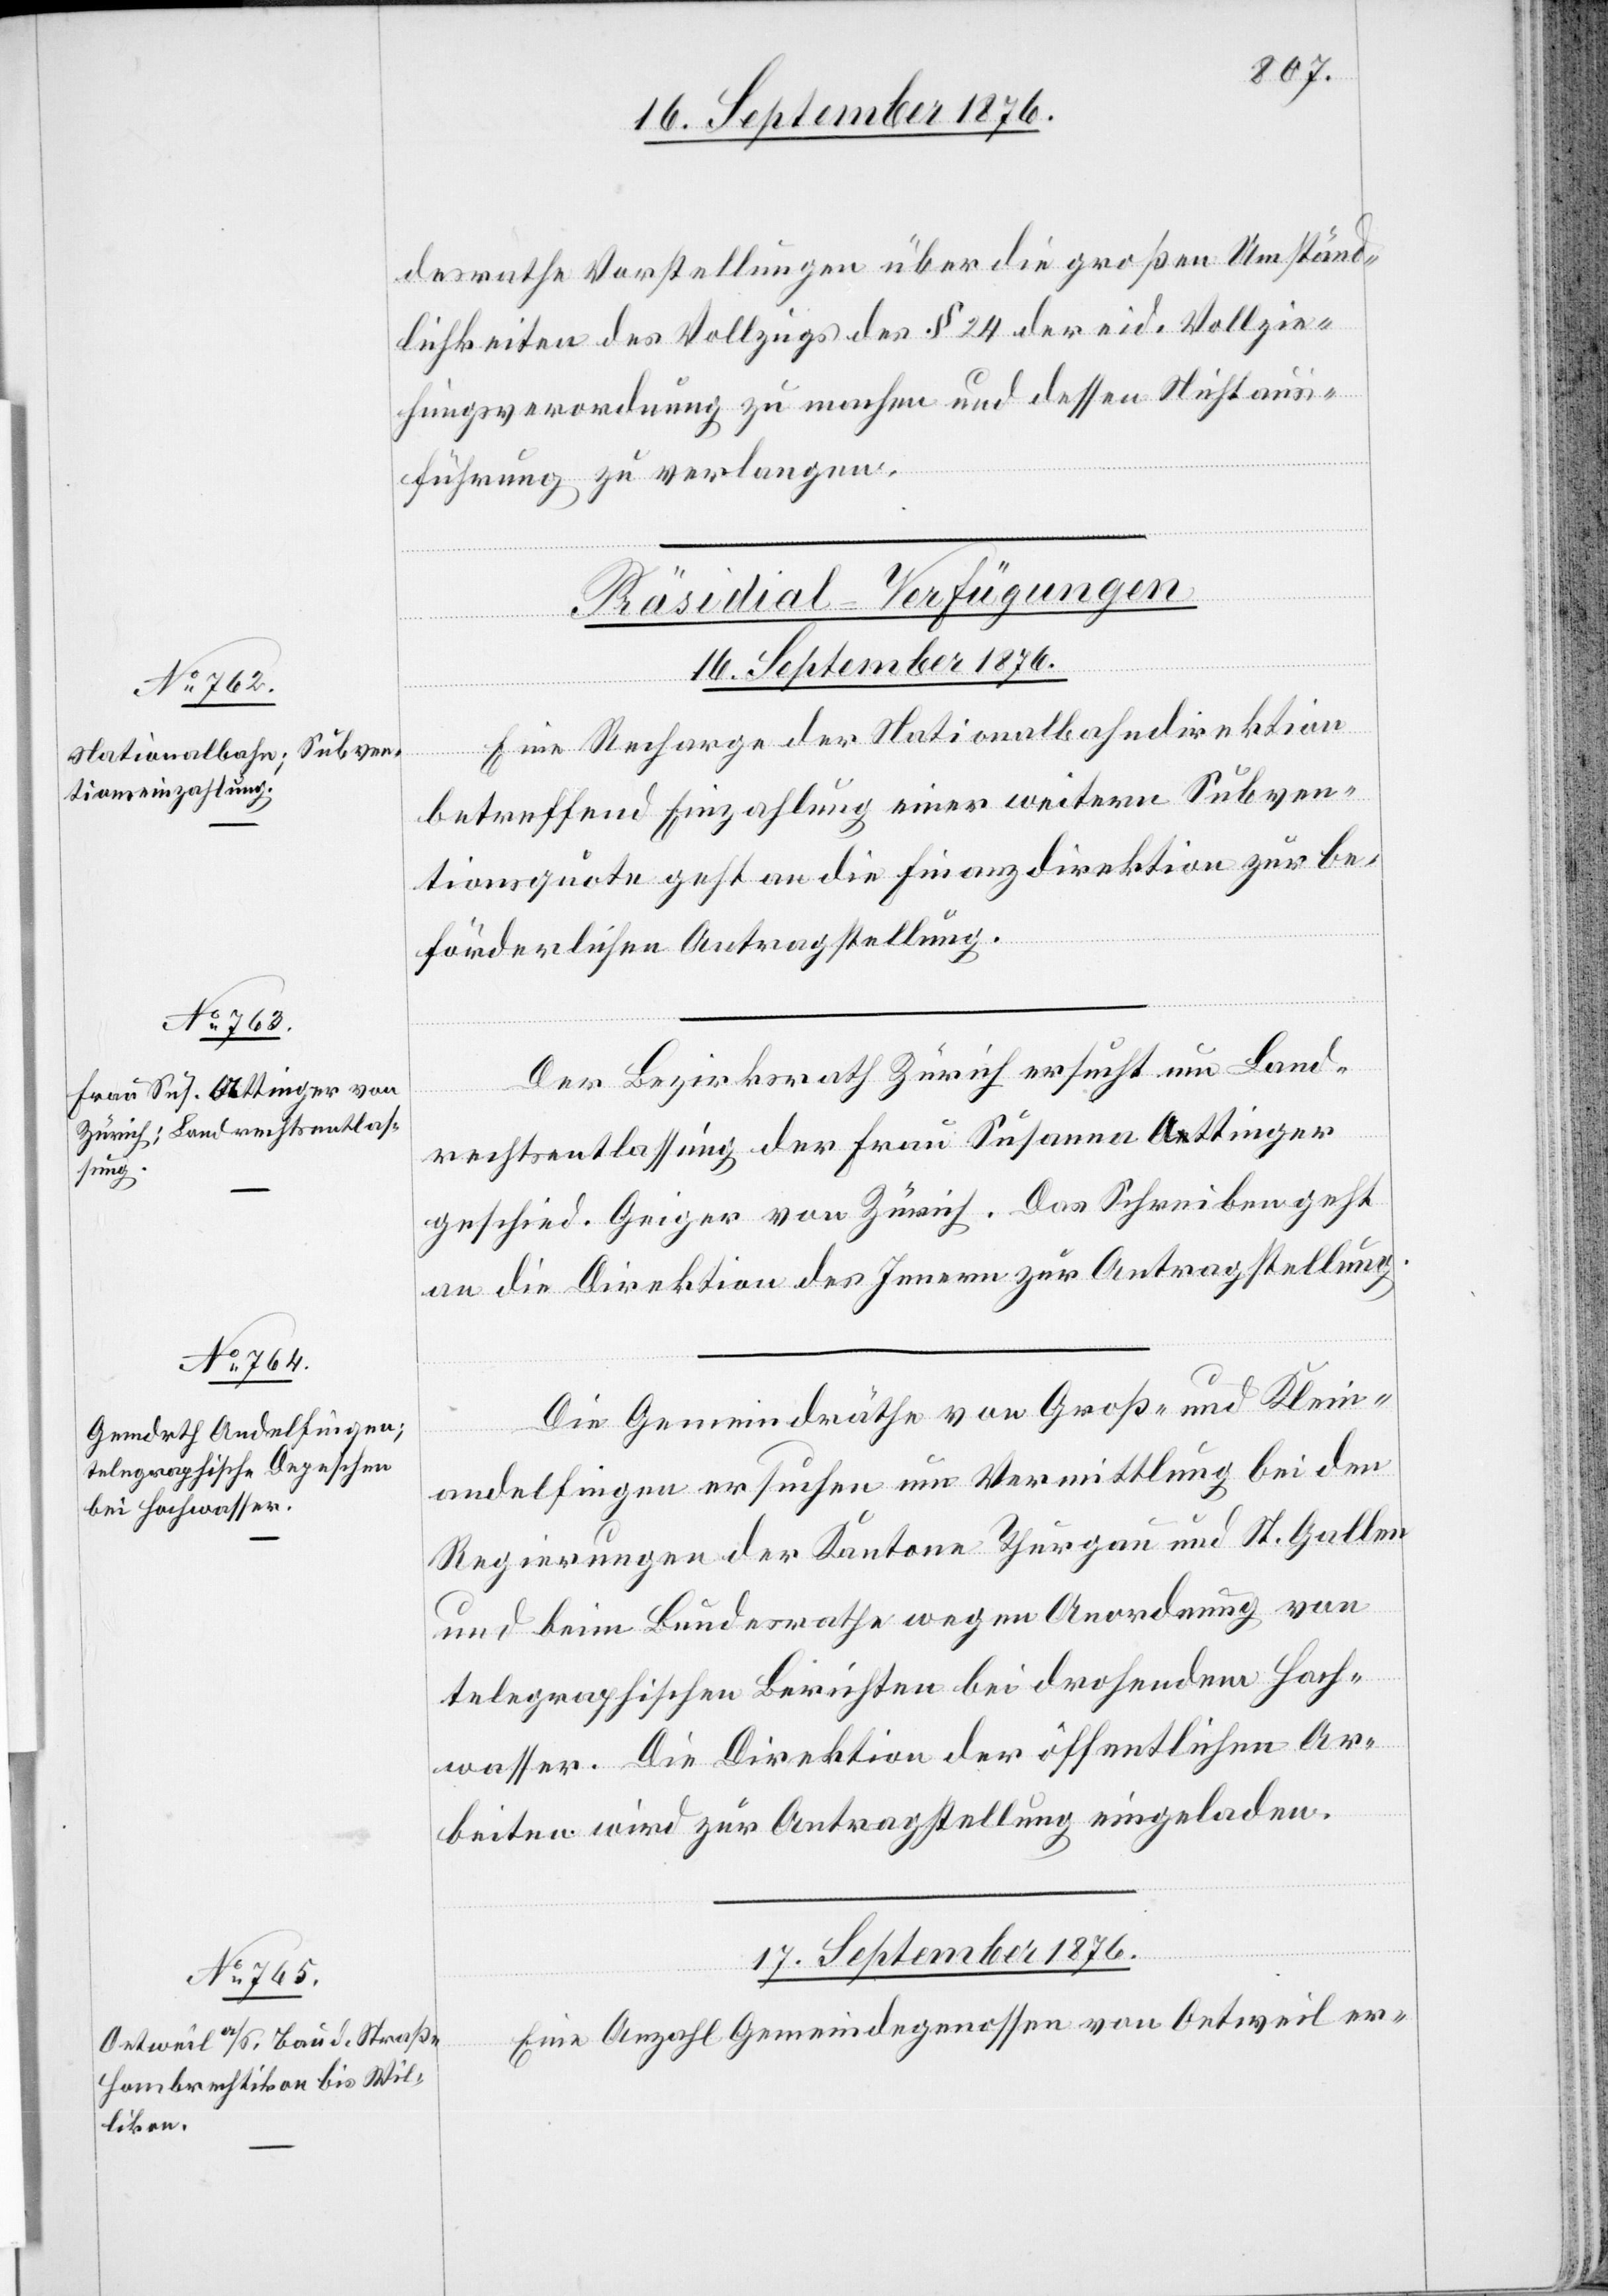
desrathe Vorstellungen über die großen Umständ¬
lichkeiten des Vollzugs des § 24 der eid. Vollzie¬
hungsverordnung zu machen und dessen Nichtaus¬
führung zu verlangen.
[Präsidial-Verfügungen]
16. September 1876.]
Eine Recharge der Nationalbahndirektion
betreffend Einzahlung einer weitern Subven¬
tionsquote geht an die Finanzdirektion zur be¬
förderlichen Antragstellung.
Der Bezirksrath Zürich ersucht um Land¬
rechtentlassung der Frau Susanna Ottinger
geschied. Geiger von Zürich. Das Schreiben geht
an die Direktion des Innern zur Antragstellung.
Die Gemeindräthe von Groß- und Klein¬
andelfingen ersuchen um Vermittlung bei den
Regierungen der Kantone Thurgau und St. Gallen
und beim Bundesrathe wegen Anordnung von
telegraphischen Berichten bei drohendem Hoch¬
wasser. Die Direktion der öffentlichen Ar¬
beiten wird zur Antragstellung eingeladen.
17. September 1876.
Eine Anzahl Gemeindegenossen von Oetweil er-